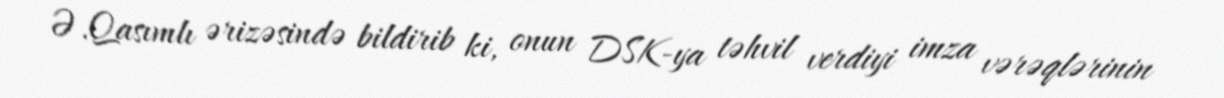
Ə.Qasımlı ərizəsində bildirib ki, onun DSK-ya təhvil verdiyi imza vərəqlərinin